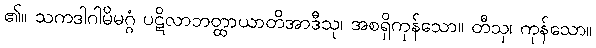
၏။ သကဒါဂါမိမဂ္ဂံ ပဋိလာဘတ္ထာယာတိအာဒီသု၊ အစရှိကုန်သော။ တီသု၊ ကုန်သော။